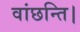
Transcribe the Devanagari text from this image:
वांछन्ति।